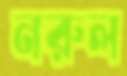
নরুল